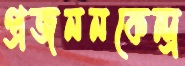
প্রজননকেন্দ্র